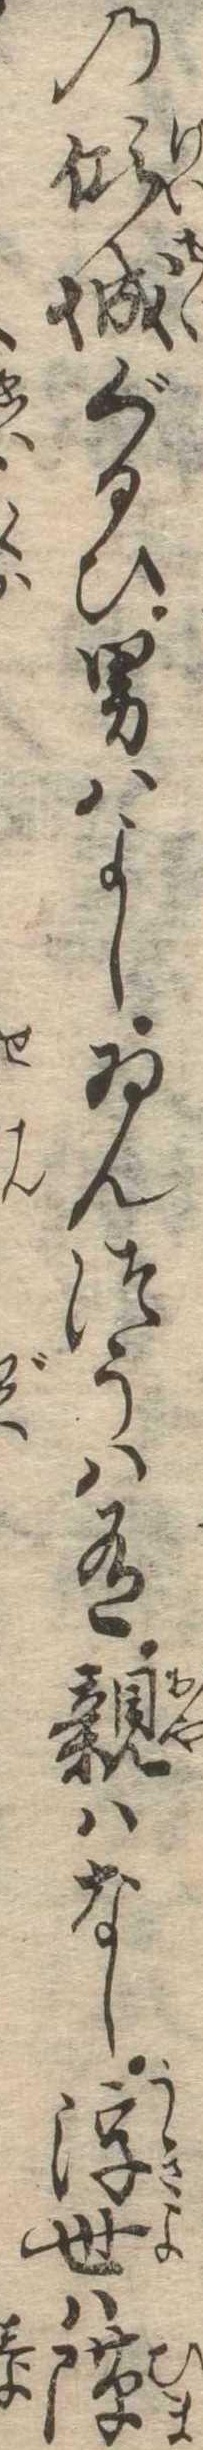
の傾城ぐるひ男はよしゐんつうは有親はなし浮世は隙